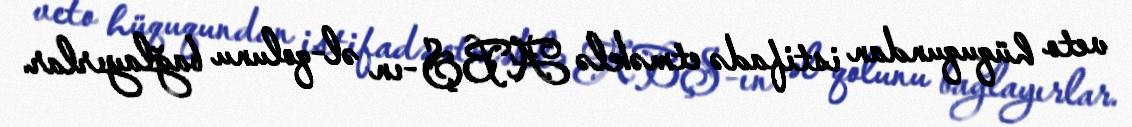
veto hüququndan istifadə etməklə ABŞ-ın əl-qolunu bağlayırlar.